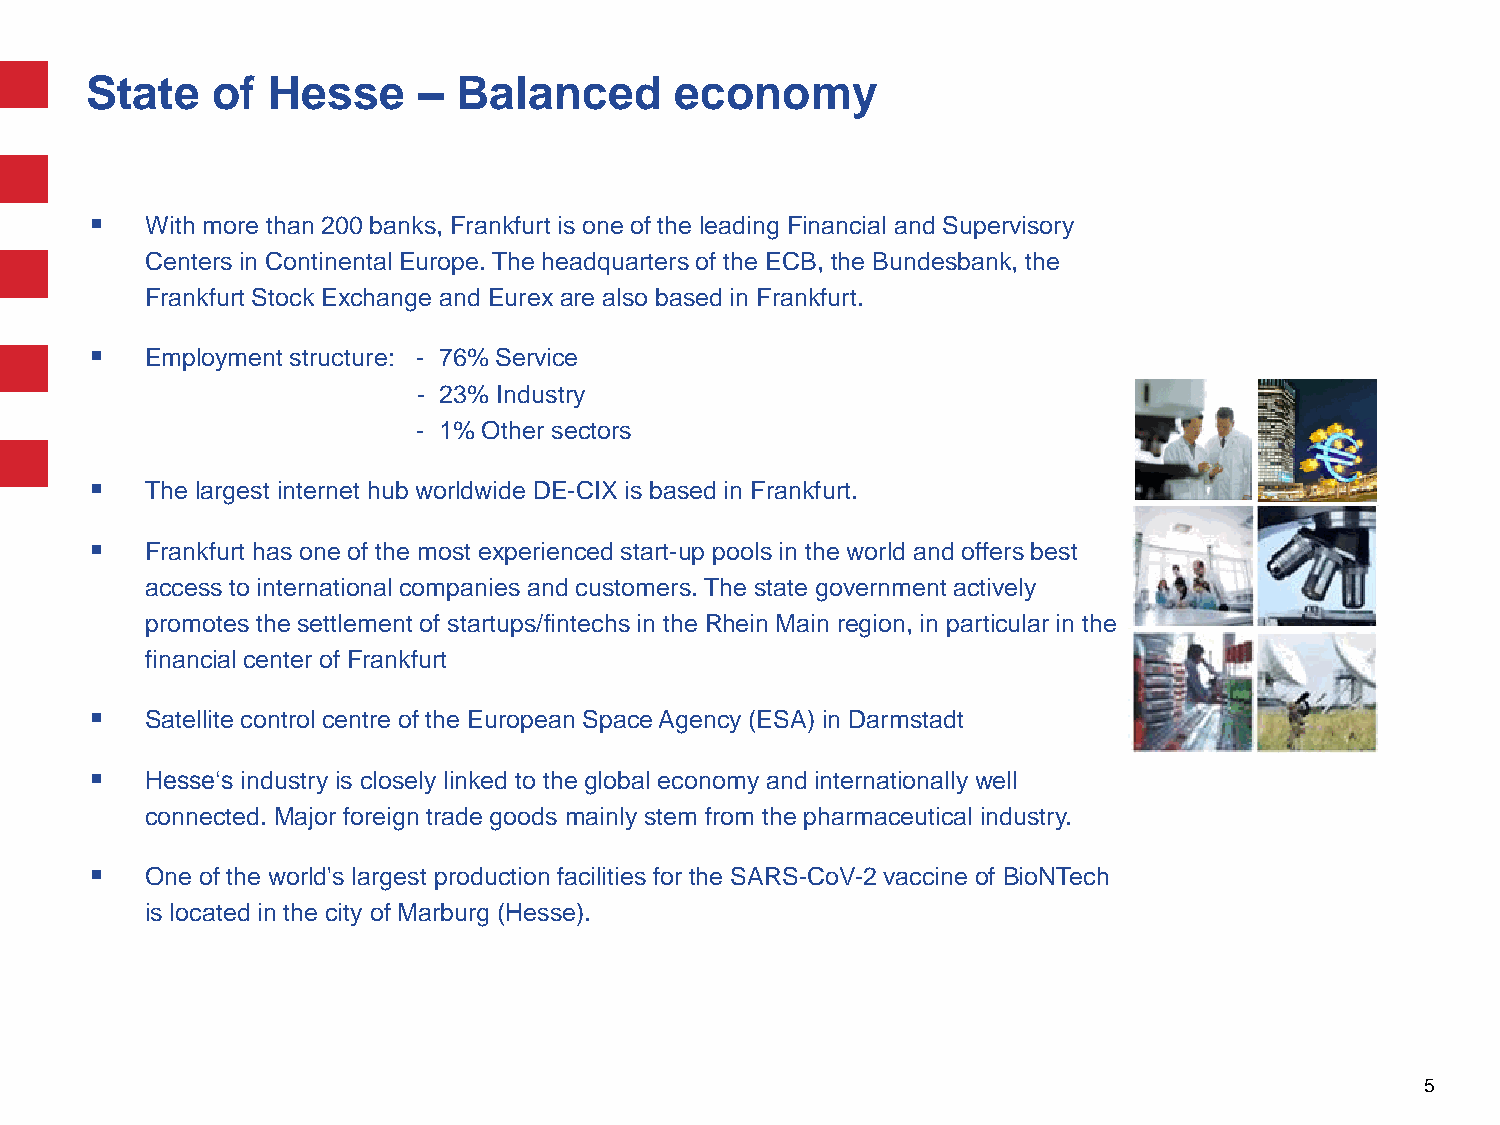
State   of  Hesse     – Balanced       economy
    With more than 200 banks, Frankfurt is one of the leading Financial and Supervisory
 Centers in Continental Europe. The headquarters of the ECB, the Bundesbank, the
 Frankfurt Stock Exchange and Eurex are also based in Frankfurt.
    Employment structure: - 76% Service
 - 23% Industry
 - 1% Other sectors
    The largest internet hub worldwide DE-CIX is based in Frankfurt.
    Frankfurt has one of the most experienced start-up pools in the world and offers best
 access to international companies and customers. The state government actively
 promotes the settlement of startups/fintechs in the Rhein Main region, in particular in the
 financial center of Frankfurt
    Satellite control centre of the European Space Agency (ESA) in Darmstadt
    Hesse‘s industry is closely linked to the global economy and internationally well
 connected. Major foreign trade goods mainly stem from the pharmaceutical industry.
    One of the world's largest production facilities for the SARS-CoV-2 vaccine of BioNTech
 is located in the city of Marburg (Hesse).
 5